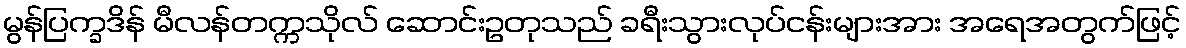
မွန်ပြက္ခဒိန် မီလန်တက္ကသိုလ် ဆောင်းဥတုသည် ခရီးသွားလုပ်ငန်းများအား အရေအတွက်ဖြင့်